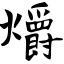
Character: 爝